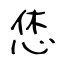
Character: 恷